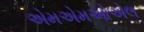
એમએમઓએલ